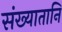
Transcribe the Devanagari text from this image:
संख्यातानि